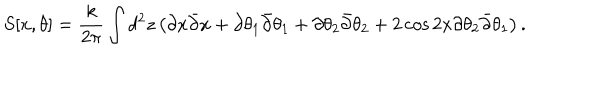
S [ x , \theta ] = \frac { k } { 2 \pi } \int d ^ { 2 } z \left( \partial x \bar { \partial } x + \partial \theta _ { 1 } \bar { \partial } \theta _ { 1 } + \partial \theta _ { 2 } \bar { \partial } \theta _ { 2 } + 2 \cos { 2 x } \partial \theta _ { 2 } \bar { \partial } \theta _ { 1 } \right) .